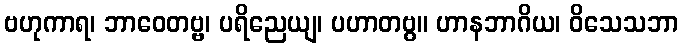
ဗဟုကာရ၊ ဘာဝေတဗ္ဗ၊ ပရိညေယျ၊ ပဟာတဗွ။ ဟာနဘာဂိယ၊ ဝိသေသဘာ